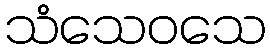
သံသေဝသေ